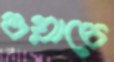
ওয়াচে